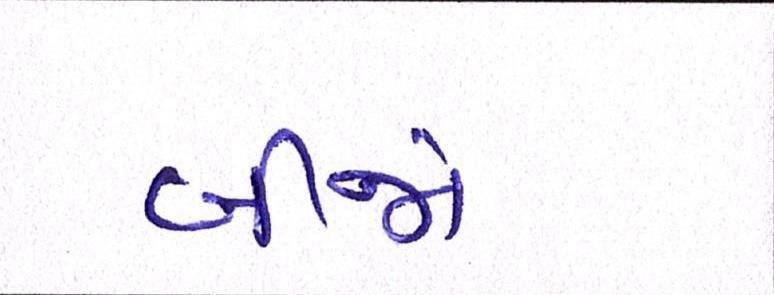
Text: બીજો